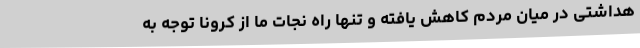
هداشتی در میان مردم کاهش یافته و تنها راه نجات ما از کرونا توجه به